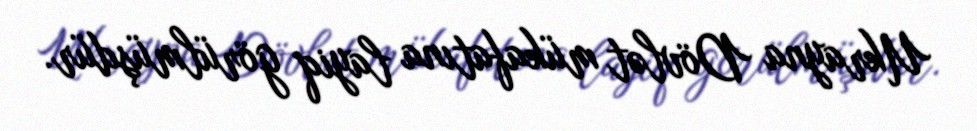
Ukrayna Dövlət mükafatına layiq görülmüşdür.